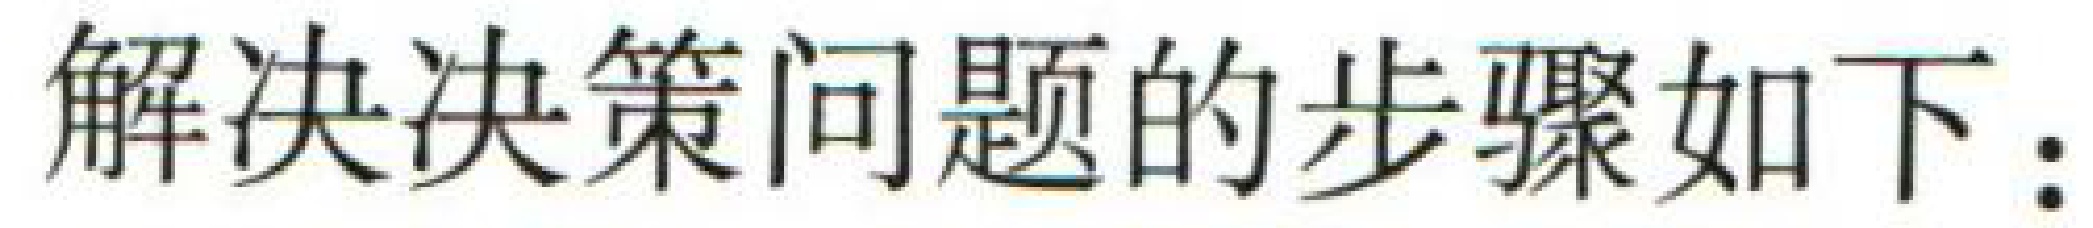
解决决策问题的步骤如下：